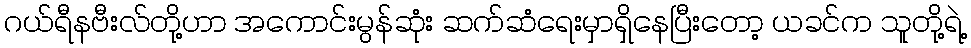
ဂယ်ရီနဗီးလ်တို့ဟာ အကောင်းမွန်ဆုံး ဆက်ဆံရေးမှာရှိနေပြီးတော့ ယခင်က သူတို့ရဲ့